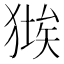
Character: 𤠱